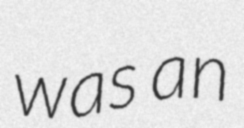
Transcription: was an